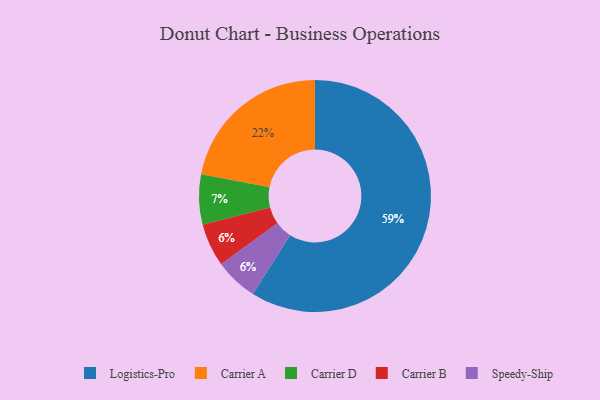
{"axis": {"x": "Category", "y": "Percentage"}, "legend": ["Carrier A", "Carrier B", "Carrier D", "Logistics-Pro", "Speedy-Ship"], "data": [{"x": "Carrier D", "y": 7, "type": "Carrier D"}, {"x": "Carrier A", "y": 22, "type": "Carrier A"}, {"x": "Carrier B", "y": 6, "type": "Carrier B"}, {"x": "Speedy-Ship", "y": 6, "type": "Speedy-Ship"}, {"x": "Logistics-Pro", "y": 59, "type": "Logistics-Pro"}]}